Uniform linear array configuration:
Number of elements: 64
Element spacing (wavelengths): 1
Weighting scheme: hamming
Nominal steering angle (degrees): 30
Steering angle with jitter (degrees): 30.427
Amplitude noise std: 0.05
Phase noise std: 0.05

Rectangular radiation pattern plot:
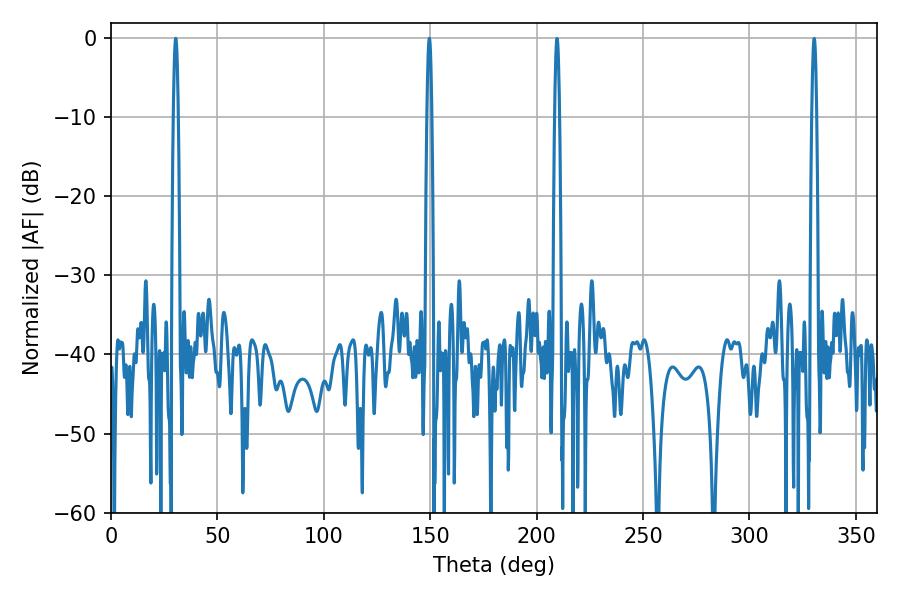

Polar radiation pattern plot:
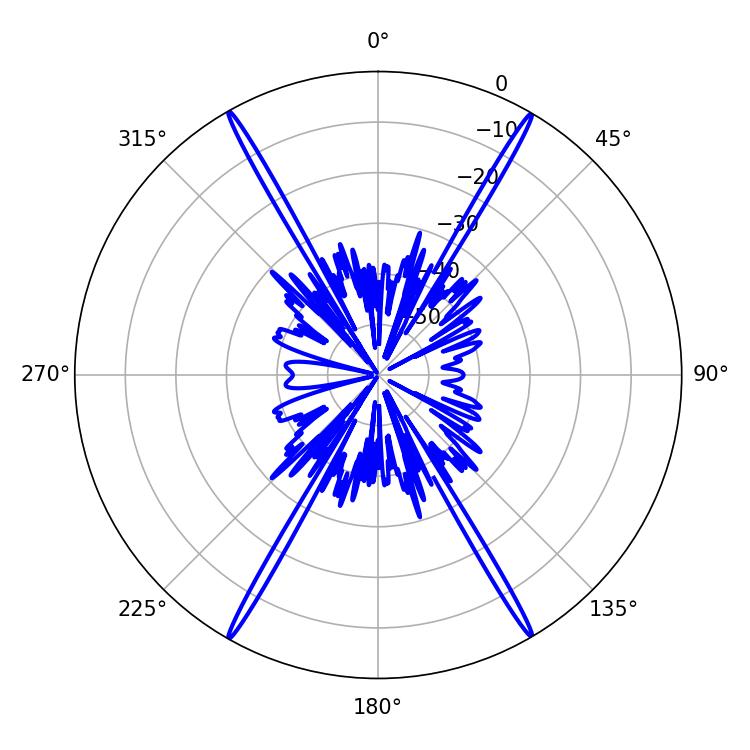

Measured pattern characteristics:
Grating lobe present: TRUE
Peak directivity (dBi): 33.781
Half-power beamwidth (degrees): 1.08
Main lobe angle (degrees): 30.42